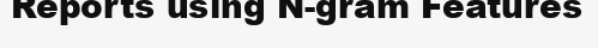
Reports using N-gram Features